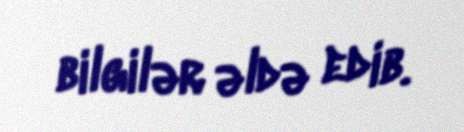
bilgilər əldə edib.